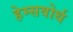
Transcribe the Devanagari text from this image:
हेम्सवोर्थ